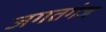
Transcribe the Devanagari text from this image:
जगतगंज